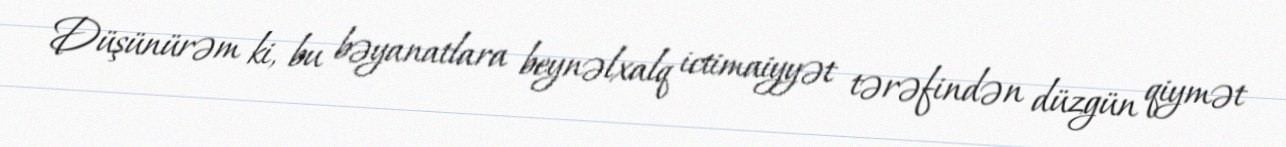
Düşünürəm ki, bu bəyanatlara beynəlxalq ictimaiyyət tərəfindən düzgün qiymət